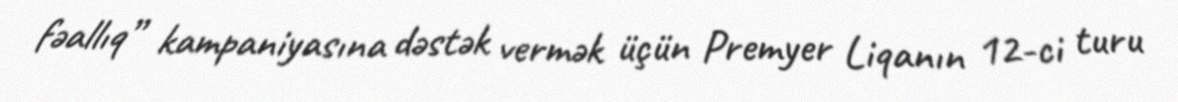
fəallıq” kampaniyasına dəstək vermək üçün Premyer Liqanın 12-ci turu